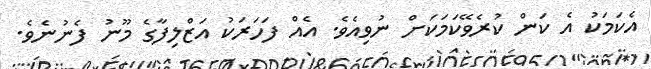
އެކަމަކު އެ ކަން ކުރެވޭކަމަކަށް ނުވިއެވެ. އެއް ފަހަރަކު އަޒްލިފާގެ މޫނު ފެނުނެވެ.